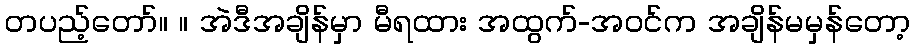
တပည့်တော်။ ။ အဲဒီအချိန်မှာ မီရထား အထွက်-အဝင်က အချိန်မမှန်တော့